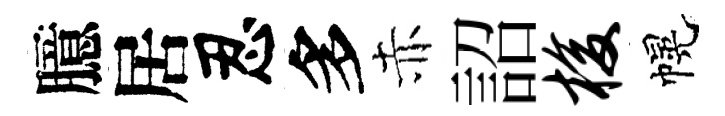
臆居忍多赤詔梭幌